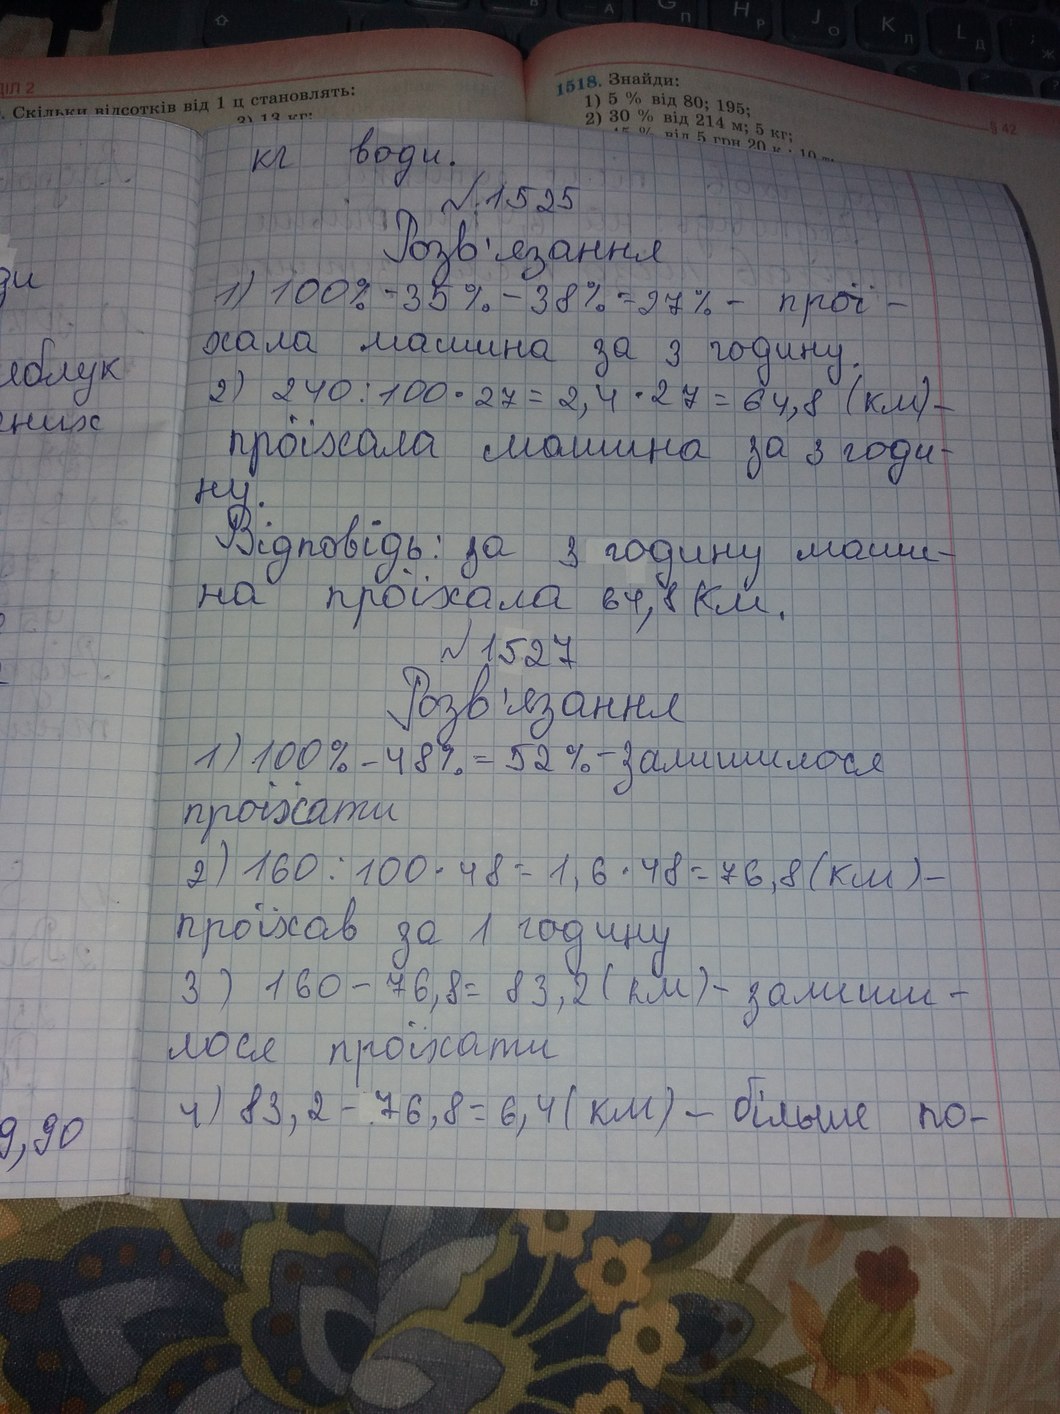
1518. Знайди:
ІЛ 2
Скільки відсотків від 1 ц становлять:
1) 5 % від 80; 195;
2) 30 % від 214 м; 5кг;
3) 13 кг:
§42
% від 5 грн 20к ⋅ 10
кг води.
№ 1525
Розв'язання
ди
1) 100% - 35% - 38% = 27% - прої-
хала машина за 3 годину.
яблук
2) 240 : 100 · 27 = 2,4 · 27 = 64,8 (км) -
них
проїхала машина за 3 годи-
ну.
ку. Відповідь: за 3 годину маши-
на проїхала 64,8 км.
Розв'язання
100% - 48% = 52%  - залишилося
проїхати
2) 160 : 100 · 48 = 1,6 · 48 = 76,8 (км) -
проїхав за 1 годину
3) 160-76,8 = 83,2 (км) - залиши-
лося проїхати
4) 83, 2 - 76, 8 = 6, 4 (км) - більше по-
9,90